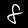
Label: 8